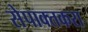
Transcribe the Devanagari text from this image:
सेपाक्तकरा